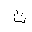
Letter: _tha